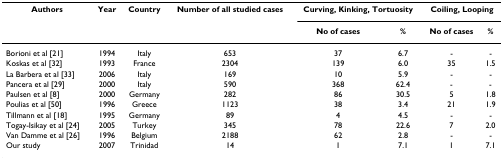
| Authors | Year | Country | Number of all studied cases | <COLSPAN=2> Curving, Kinking, Tortuosity | <COLSPAN=2> Coiling, Looping |
 |  |  |  |  | No of cases | % | No of cases | % |
 | --- | --- | --- | --- | --- | --- | --- | --- |
 | Borioni et al [21] | 1994 | Italy | 653 | 37 | 6.7 | - | - |
 | Koskas et al [32] | 1993 | France | 2304 | 139 | 6.0 | 35 | 1.5 |
 | La Barbera et al [33] | 2006 | Italy | 169 | 10 | 5.9 | - | - |
 | Pancera et al [29] | 2000 | Italy | 590 | 368 | 62.4 | - | - |
 | Paulsen et al [8] | 2000 | Germany | 282 | 86 | 30.5 | 5 | 1.8 |
 | Poulias et al [50] | 1996 | Greece | 1123 | 38 | 3.4 | 21 | 1.9 |
 | Tillmann et al [18] | 1995 | Germany | 89 | 4 | 4.5 | - | - |
 | Togay-Isikay et al [24] | 2005 | Turkey | 345 | 78 | 22.6 | 7 | 2.0 |
 | Van Damme et al [26] | 1996 | Belgium | 2188 | 62 | 2.8 | - | - |
 | Our study | 2007 | Trinidad | 14 | 1 | 7.1 | 1 | 7.1 |